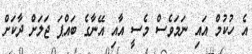
އެ ހުކުމް އައި ނަމަވެސް މެސީ އާއި އޭނާގެ ބައްޕަ ޖަލަށް ދާކަށް